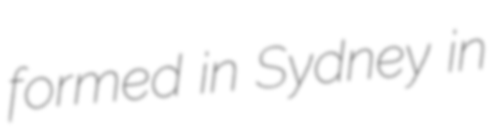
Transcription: formed in Sydney in